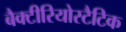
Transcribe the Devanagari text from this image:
बैक्टीरियोस्टैटिक